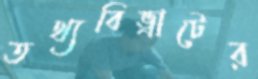
তথ্যবিভ্রাটের